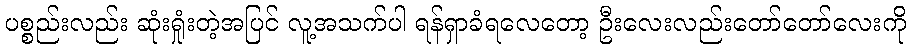
ပစ္စည်းလည်း ဆုံးရှုံးတဲ့အပြင် လူ့အသက်ပါ ရန်ရှာခံရလေတော့ ဦးလေးလည်းတော်တော်လေးကို